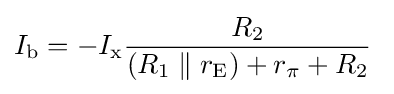
I_{\text{b}}=-I_{\text{x}}{\frac {R_{2}}{(R_{1}\parallel r_{\text{E}})+r_{\pi }+R_{2}}}\